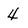
Character: 4